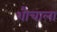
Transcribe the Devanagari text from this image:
शौचाला